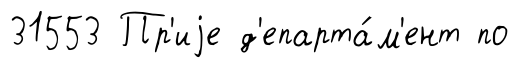
31553 Пр'иjе д'епарта́м'ент по